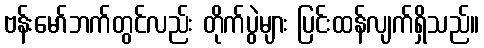
ဗန်းမော်ဘက်တွင်လည်း တိုက်ပွဲများ ပြင်းထန်လျက်ရှိသည်။